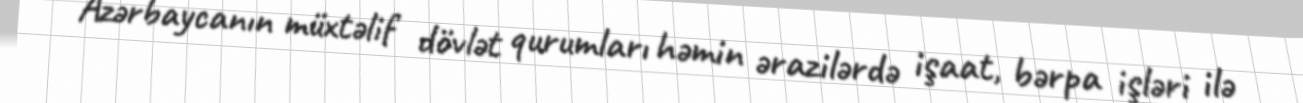
Azərbaycanın müxtəlif dövlət qurumları həmin ərazilərdə işaat, bərpa işləri ilə